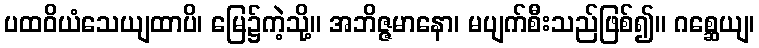
ပထဝိယံသေယျထာပိ၊ မြေ၌ကဲ့သို့။ အဘိဇ္ဇမာနော၊ မပျက်စီးသည်ဖြစ်၍။ ဂစ္ဆေယျ၊